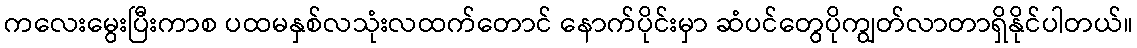
ကလေးမွေးပြီးကာစ ပထမနှစ်လသုံးလထက်တောင် နောက်ပိုင်းမှာ ဆံပင်တွေပိုကျွတ်လာတာရှိနိုင်ပါတယ်။